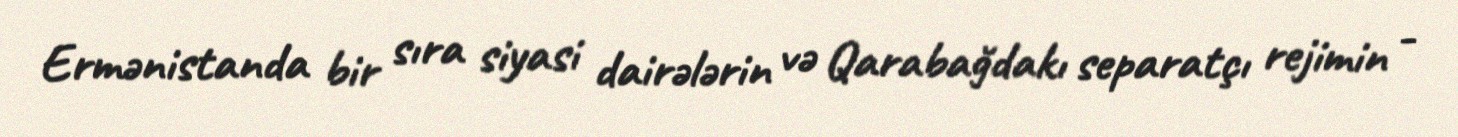
Ermənistanda bir sıra siyasi dairələrin və Qarabağdakı separatçı rejimin -